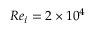
R e _ { i } = 2 \times 1 0 ^ { 4 }